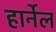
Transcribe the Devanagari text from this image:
हार्नेल